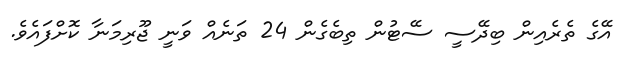
އޭގެ ތެރެއިން ބިދޭސީ ސޭޓުން ތިބެގެން 24 ތަނެއް ވަނީ ޖޫރިމަނާ ކޮށްފައެވެ.